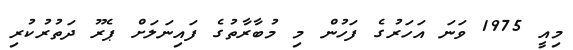
މިއީ 1975 ވަނަ އަހަރުގެ ފަހުން މި މުބާރާތުގެ ފައިނަލަށް ޕެރޫ ދަތުރުކުރި